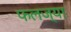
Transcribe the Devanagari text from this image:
फलज्या